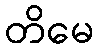
တိမေ